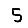
Digit: 5